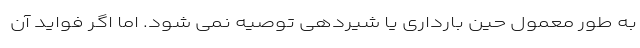
به طور معمول حین بارداری یا شیردهی توصیه نمی شود. اما اگر فواید آن